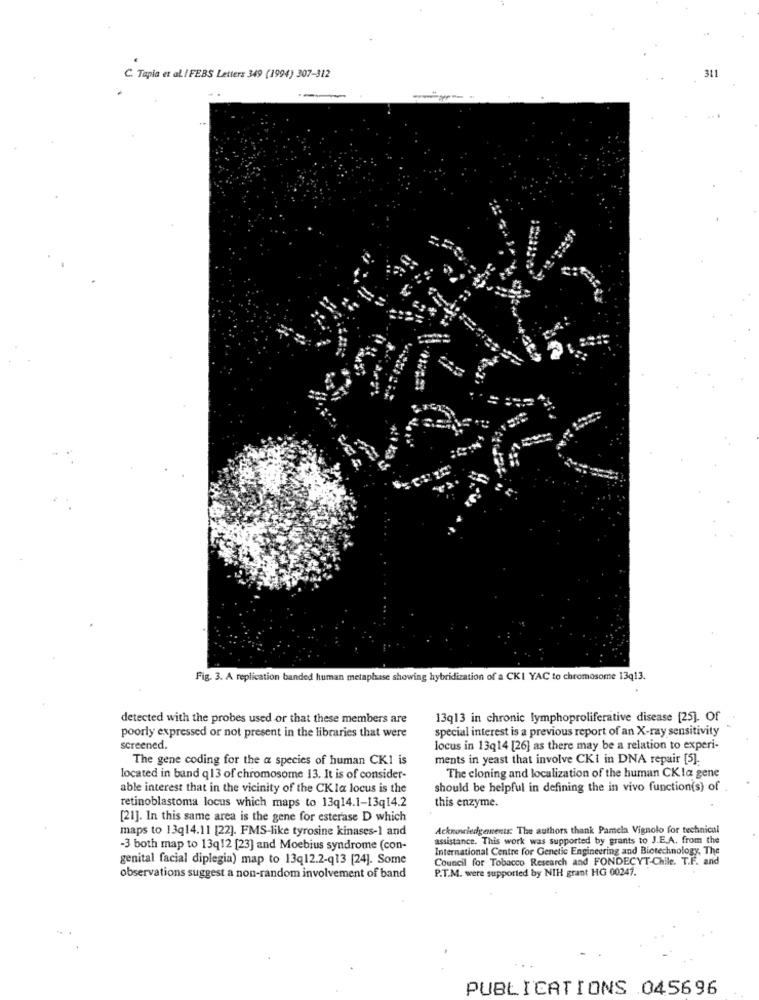
C. Tapia et al I FEBS Letters 349 (1994) 307-312
Fig. 3. A replication banded human metaphase showing hybridization of a CKI YAC to chromosome 13q13.
detected with the probes used or that these members are
13q13 in chronic lymphoproliferative disease [25]. Of
special interest is a previous report of an X-ray sensitivity
poorly expressed or not present in the libraries that were
screened.
locus in 13Q14 [26] as there may be a relation to experi-
The gene coding for the a species of human CKI is
ments in yeast that involve CKI in DNA repair [5].
located in band q13 of chromosome 13. It is of consider-
The cloning and localization of the human CK la gene
able interest that in the vicinity of the CKla locus is the
should be helpful in defining the in vivo function(s) of
retinoblastoma locus which maps to 13q14.1-13q14.2
this enzyme.
[21]. In this same area is the gene for esterase D which
maps to 13q14.11 [22]. FMS-like tyrosine kinases-1 and
Acknowledgements: The authors thank Pamela Vignolo for technical
assistance. This work was supported by grants to J.E.A. from the
-3 both map to 13q12 [23] and Moebius syndrome (con-
International Centre for Genetic Engineering and Biotechnology, The
genital facial diplegia) map to 13q12.2-q13 [24]. Some
Council for Tobacco Research and FONDECYT-Chile. T.F. and
P.T.M. were supported by NIH grant HG 00247.
observations suggest a non-random involvement of band
PUBLICATIONS 045696